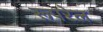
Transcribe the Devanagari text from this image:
रूपरेल